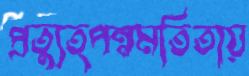
প্রত্যুত্পন্নমতিতায়